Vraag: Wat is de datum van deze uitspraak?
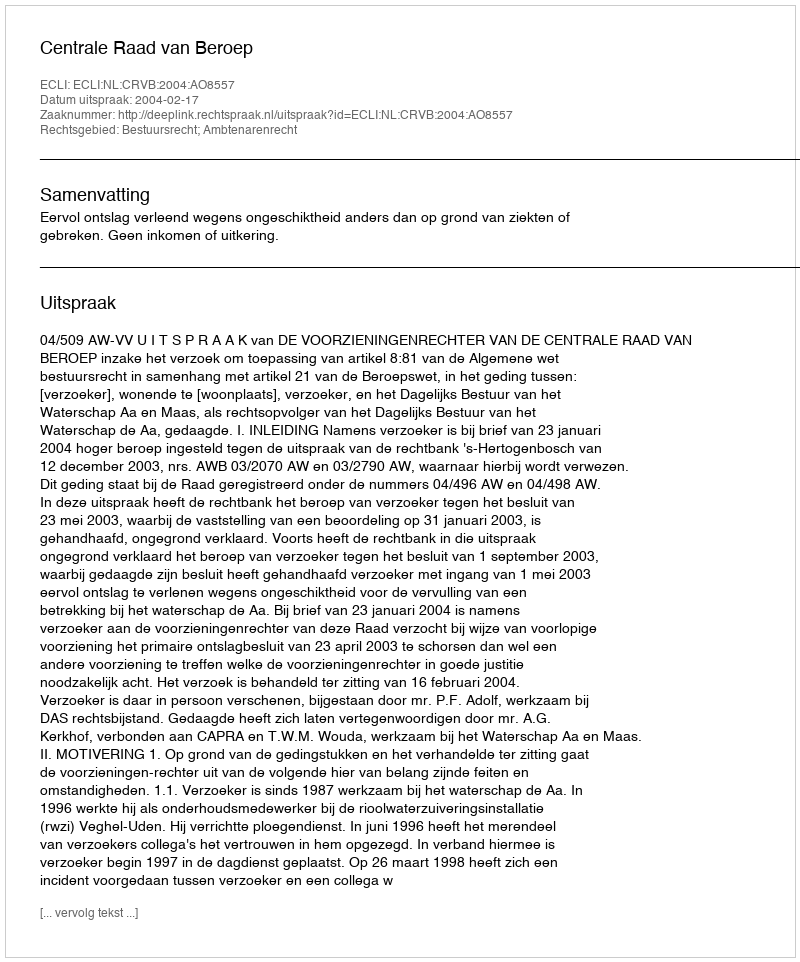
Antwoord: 2004-02-17